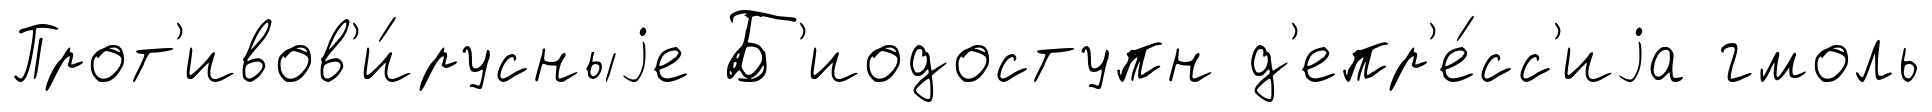
Прот'ивов'и́русныjе Б'иодоступн д'епр'е́сс'иjа гмоль